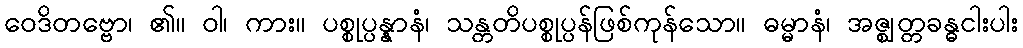
ဝေဒိတဗ္ဗော၊ ၏။ ဝါ၊ ကား။ ပစ္စုပ္ပန္နာနံ၊ သန္တတိပစ္စုပ္ပန်ဖြစ်ကုန်သော။ ဓမ္မာနံ၊ အဇ္ဈတ္တခန္ဓငါးပါး